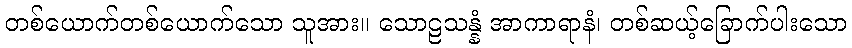
တစ်ယောက်တစ်ယောက်သော သူအား။ သောဠသန္နံ အာကာရာနံ၊ တစ်ဆယ့်ခြောက်ပါးသော